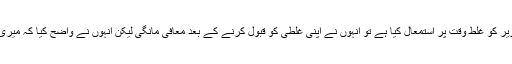
جب ٹویٹر پر موجود لوگوں نے بھٹ کو اطلاع کی کہ انہوں نے ایک پرانی تصویر کو غلط وقت پر استمعال کیا ہے تو انہوں نے اپنی غلطی کو قبول کرنے کے بعد معافی مانگی لیکن انہوں نے واضح کیا کہ میری تصویر غلط ضرور ہے لیکن میری دلیل کا سیاق و سباق اپنی جگہ صحیح ہے ۔